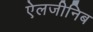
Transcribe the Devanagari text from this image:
ऐलजीनिब